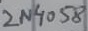
Text: 2N4058